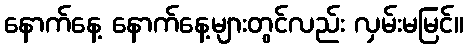
နောက်နေ့ နောက်နေ့များတွင်လည်း လှမ်းမမြင်။